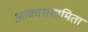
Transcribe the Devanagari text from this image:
आकाशगामिता